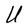
Character: U